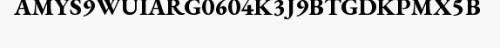
AMYS9WUIARG0604K3J9BTGDKPMX5B